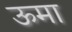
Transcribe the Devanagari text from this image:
ऊमा